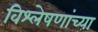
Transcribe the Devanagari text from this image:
विश्लेषणांच्या